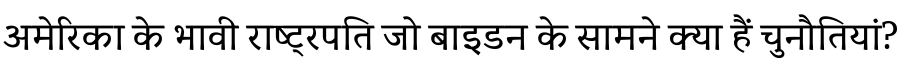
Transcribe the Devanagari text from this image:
अमेरिका के भावी राष्ट्रपति जो बाइडन के सामने क्या हैं चुनौतियां?